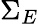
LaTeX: \Sigma_{E}